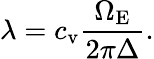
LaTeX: \lambda=c_{\mathrm{v}}\frac{\Omega_{\mathrm{E}}}{2\pi\Delta}.